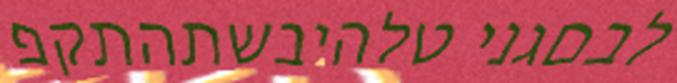
לבםגני טלהיבשתהתקפ